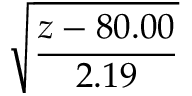
\displaystyle { \sqrt { \frac { z - 8 0 . 0 0 } { 2 . 1 9 } } }